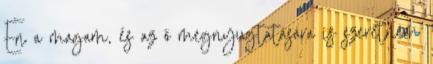
Én a magam, és az ő megnyugtatására is szeretném